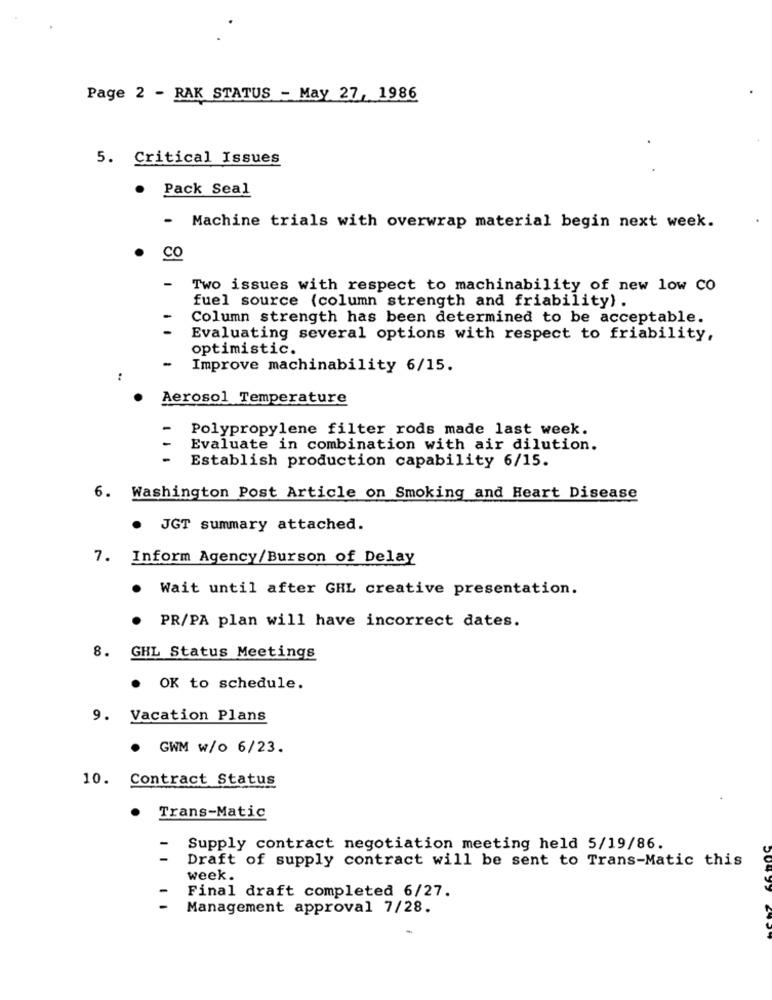
Page 2 - RAK STATUS - May 27, 1986
5. Critical Issues
Pack Seal
- Machine trials with overwrap material begin next week.
CO
Two issues with respect to machinability of new low CO
fuel source {column strength and friability) .
Column strength has been determined to be acceptable.
Evaluating several options with respect to friability,
optimistic.
-
Improve machinability 6/15.
:
Aerosol Temperature
Polypropylene filter rods made last week.
Evaluate in combination with air dilution.
Establish production capability 6/15.
6. Washington Post Article on Smoking and Heart Disease
. JGT summary attached.
7. Inform Agency/Burson of Delay
.
Wait until after GHL creative presentation.
PR/PA plan will have incorrect dates.
8.
GHL Status Meetings
. OK to schedule.
9. Vacation Plans
. GWM w/o 6/23.
10. Contract Status
. Trans-Matic
Supply contract negotiation meeting held 5/19/86.
Draft of supply contract will be sent to Trans-Matic this
week.
Final draft completed 6/27.
Management approval 7/28.